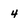
Character: 4